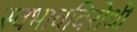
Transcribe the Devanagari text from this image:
स्वभावविरोधी